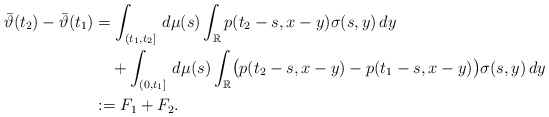
\begin{align*}\bar{\vartheta}(t_2)-\bar{\vartheta}(t_1)&=\int_{(t_1,t_2]}\, d\mu(s) \int_{\mathbb R}{p}(t_2-s, x-y)\sigma(s, y)\,dy\\&\quad{}+\int_{(0,t_1]}\, d\mu(s) \int_{\mathbb R}\bigl({p}(t_2-s, x-y)-{p}(t_1-s, x-y) \bigr)\sigma(s, y)\,dy\\&:=F_1+F_2.\end{align*}